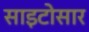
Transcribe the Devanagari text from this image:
साइटोसार